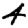
Digit: 4